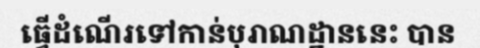
ធ្វើដំណើរទៅកាន់បុរាណដ្ឋាននេះ បាន